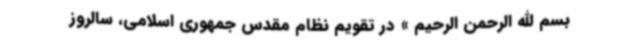
بسم الله الرحمن الرحیم » در تقویم نظام مقدس جمهوری اسلامی، سالروز